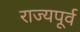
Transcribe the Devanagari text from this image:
राज्यपूर्व